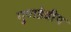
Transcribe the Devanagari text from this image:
गुणडेवीय